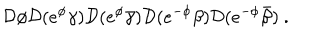
LaTeX: { \cal D } \phi { \cal D } ( e ^ { \phi } \gamma ) { \cal D } ( e ^ { \phi } \bar { \gamma } ) { \cal D } ( e ^ { - \phi } \beta ) { \cal D } ( e ^ { - \phi } \bar { \beta } ) ~ .